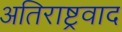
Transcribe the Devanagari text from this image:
अतिराष्ट्रवाद